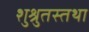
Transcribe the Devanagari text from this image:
शुश्रुतस्तथा